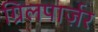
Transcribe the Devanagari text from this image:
ग्रिलपार्ज़र